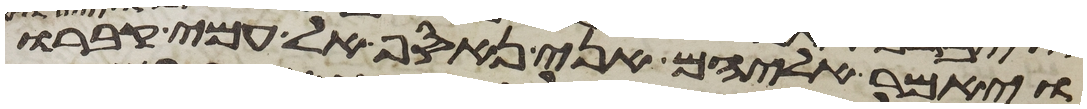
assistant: ויאמר אליהם אני נאסף אל עמי קברו